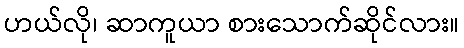
ဟယ်လို၊ ဆာကူယာ စားသောက်ဆိုင်လား။